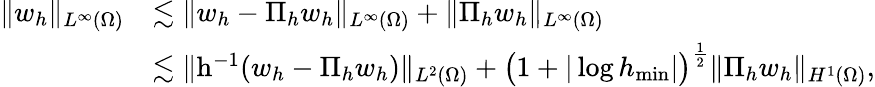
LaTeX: \begin{array}{rl}{\| w_{h}\| _{L^{\infty}(\Omega)}}&{\lesssim\| w_{h}-\Pi_{h}w_{h}\| _{L^{\infty}(\Omega)}+\| \Pi_{h}w_{h}\| _{L^{\infty}(\Omega)}}\\ &{\lesssim\| \mathrm{h}^{-1}(w_{h}-\Pi_{h}w_{h})\| _{L^{2}(\Omega)}+\big(1+|\log h_{\operatorname*{min}}|\big)^{\frac 12}\| \Pi_{h}w_{h}\| _{H^{1}(\Omega)},}\end{array}